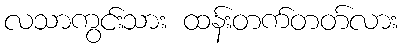
လသာကွင်းသား ထန်းတက်တတ်လား